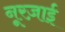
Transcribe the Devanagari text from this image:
नूरज़ाई